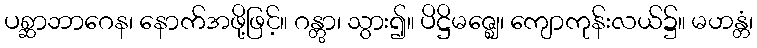
ပစ္ဆာဘာဂေန၊ နောက်အဖို့ဖြင့်။ ဂန္တွာ၊ သွား၍။ ပိဋ္ဌိမဇ္ဈေ၊ ကျောကုန်းလယ်၌။ မဟန္တံ၊